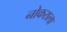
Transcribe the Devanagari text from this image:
नोकराला